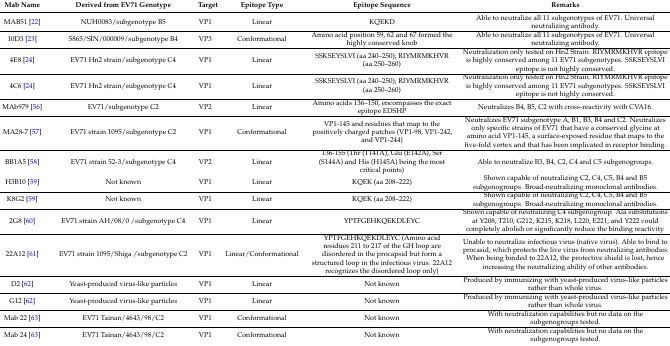
<table><thead><tr><td><b>Mab Name</b></td><td><b>Derived from EV71 Genotype</b></td><td><b>Target</b></td><td><b>Epitope Type</b></td><td><b>Epitope Sequence</b></td><td><b>Remarks</b></td></tr></thead><tbody><tr><td>MAB51 [22]</td><td>NUH0083/subgenotype B5</td><td>VP1</td><td>Linear</td><td>KQEKD</td><td>Able to neutralize all 11 subgenotypes of EV71. Universal neutralizing antibody.</td></tr><tr><td>10D3 [23]</td><td>5865/SIN/000009/subgenotype B4</td><td>VP3</td><td>Conformational</td><td>Amino acid position 59, 62 and 67 formed the highly conserved knob</td><td>Able to neutralize all 11 subgenotypes of EV71. Universal neutralizing antibody.</td></tr><tr><td>4E8 [24]</td><td>EV71 Hn2 strain/subgenotype C4</td><td>VP1</td><td>Linear</td><td>SSKSEYSLVI (aa 240–250); RIYMRMKHVR (aa 250–260)</td><td>Neutralization only tested on Hn2 Strain. RIYMRMKHVR epitope is highly conserved among 11 EV71 subgenotypes. SSKSEYSLVI epitope is not highly conserved.</td></tr><tr><td>4C6 [24]</td><td>EV71 Hn2 strain/subgenotype C4</td><td>VP1</td><td>Linear</td><td>SSKSEYSLVI (aa 240–250); RIYMRMKHVR (aa 250–260)</td><td>Neutralization only tested on Hn2 Strain. RIYMRMKHVR epitope is highly conserved among 11 EV71 subgenotypes. SSKSEYSLVI epitope is not highly conserved.</td></tr><tr><td>MAb979 [56]</td><td>EV71/subgenotype C2</td><td>VP2</td><td>Linear</td><td>Amino acids 136–150, encompasses the exact epitope EDSHP</td><td>Neutralizes B4, B5, C2 with cross-reactivity with CVA16.</td></tr><tr><td>MA28-7 [57]</td><td>EV71 strain 1095/subgenotype C2</td><td>VP1</td><td>Conformational</td><td>VP1-145 and residues that map to the positively charged patches (VP1-98, VP1-242, and VP1-244)</td><td>Neutralizes EV71 subgenotype A, B1, B3, B4 and C2. Neutralizes only specific strains of EV71 that have a conserved glycine at amino acid VP1-145, a surface-exposed residue that maps to the five-fold vertex and that has been implicated in receptor binding.</td></tr><tr><td>BB1A5 [58]</td><td>EV71 strain 52-3/subgenotype C4</td><td>VP2</td><td>Linear</td><td>136-155 (Thr (T141A), Glu (E142A), Ser (S144A) and His (H145A) being the most critical points)</td><td>Able to neutralize B3, B4, C2, C4 and C5 subgenogroups.</td></tr><tr><td>H3B10 [59]</td><td>Not known</td><td>VP1</td><td>Linear</td><td>KQEK (aa 208–222)</td><td>Shown capable of neutralizing C2, C4, C5, B4 and B5 subgenogroups. Broad-neutralizing monoclonal antibodies.</td></tr><tr><td>K8G2 [59]</td><td>Not known</td><td>VP1</td><td>Linear</td><td>KQEK (aa 208–222)</td><td>Shown capable of neutralizing C2, C4, C5, B4 and B5 subgenogroups. Broad-neutralizing monoclonal antibodies.</td></tr><tr><td>2G8 [60]</td><td>EV71 strain AH/08/0 /subgenotype C4</td><td>VP1</td><td>Linear</td><td>YPTFGEHKQEKDLEYC</td><td>Shown capable of neutralizing C4 subgenogroup. Ala substitutions at Y208, T210, G212, K215, K218, L220, E221, and Y222 could completely abolish or significantly reduce the binding reactivity.</td></tr><tr><td>22A12 [61]</td><td>EV71 strain 1095/Shiga /subgenotype C2</td><td>VP1</td><td>Linear/Conformational</td><td>YPTFGEHKQEKDLEYC (Amino acid residues 211 to 217 of the GH loop are disordered in the procapsid but form a structured loop in the infectious virus. 22A12 recognizes the disordered loop only)</td><td>Unable to neutralize infectious virus (native virus). Able to bind to procasid, which protects the live virus from neutralizing antibodies. When being binded to 22A12, the protective shield is lost, hence increasing the neutralizing ability of other antibodies.</td></tr><tr><td>D2 [62]</td><td>Yeast-produced virus-like particles</td><td>VP1</td><td>Linear</td><td>Not known</td><td>Produced by immunizing with yeast-produced virus-like particles rather than whole virus.</td></tr><tr><td>G12 [62]</td><td>Yeast-produced virus-like particles</td><td>VP1</td><td>Linear</td><td>Not known</td><td>Produced by immunizing with yeast-produced virus-like particles rather than whole virus.</td></tr><tr><td>Mab 22 [63]</td><td>EV71 Tainan/4643/98/C2</td><td>VP1</td><td>Conformational</td><td>Not known</td><td>With neutralization capabilities but no data on the subgenogroups tested.</td></tr><tr><td>Mab 24 [63]</td><td>EV71 Tainan/4643/98/C2</td><td>VP1</td><td>Conformational</td><td>Not known</td><td>With neutralization capabilities but no data on the subgenogroups tested.</td></tr></tbody></table>